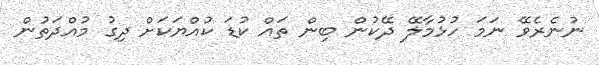
ނުނެރެވޭ ނަމަ ހުޅުމާލޭ ދޭކުން ބިން ތައް ކުޑަ ކުއްޔަަކަށް ދިގު މުއްދަތުން